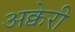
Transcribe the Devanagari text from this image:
अक्वेरी